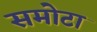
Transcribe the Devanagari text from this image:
समोटा